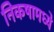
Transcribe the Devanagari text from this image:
निकषामध्ये